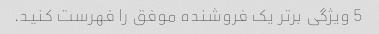
5 ویژگی برتر یک فروشنده موفق را فهرست کنید.